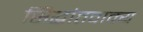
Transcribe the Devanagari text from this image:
सिद्धांतवाक्य